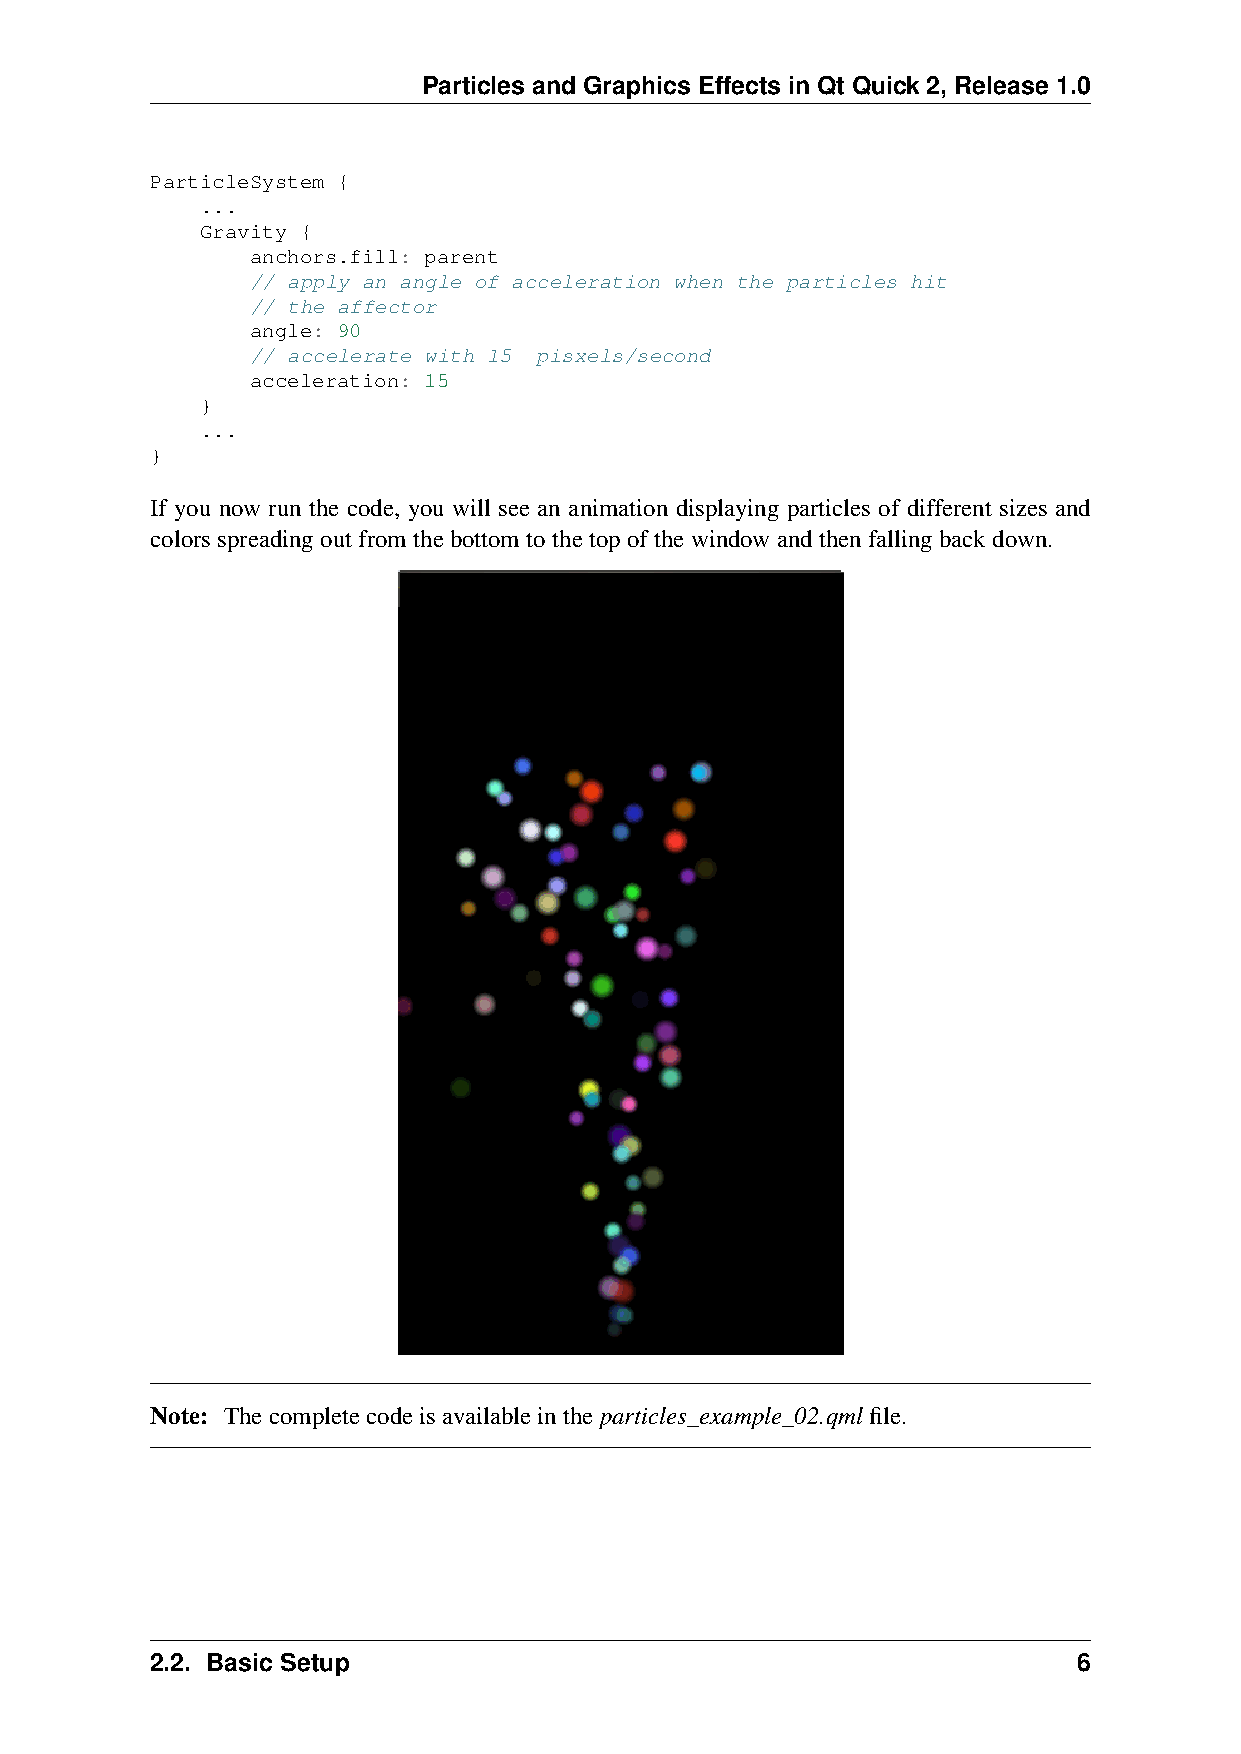
Particles and Graphics Effects in Qt Quick 2, Release 1.0
 ParticleSystem {
 ...
 Gravity {
 anchors.fill: parent
 // apply an angle of acceleration when the particles hit
 // the affector
 angle: 90
 // accelerate with 15 pisxels/second
 acceleration: 15
 }
 ...
 }
 If you now run the code, you will see an animation displaying particles of different sizes and
 colorsspreadingoutfromthebottomtothetopofthewindowandthenfallingbackdown.
 Note: Thecompletecodeisavailableintheparticles_example_02.qmlfile.
 2.2. Basic Setup                                             6